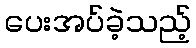
ပေးအပ်ခဲ့သည့်